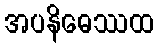
အပနိဓေဿထ